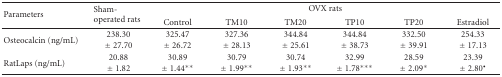
<table><thead><tr><td rowspan="2"><b>Parameters</b></td><td rowspan="2"><b>Sham-operated rats</b></td><td colspan="6"><b>OVX rats</b></td></tr><tr><td><b>Control</b></td><td><b>TM10</b></td><td><b>TM20</b></td><td><b>TP10 </b></td><td><b>TP20</b></td><td><b>Estradiol</b></td></tr></thead><tbody><tr><td>Osteocalcin (ng/mL)</td><td>238.30 ± 27.70</td><td>325.47 ± 26.72</td><td>327.36 ± 28.13</td><td>344.84 ± 25.61</td><td>344.84 ± 38.73</td><td>332.50 ± 39.91</td><td>254.33 ± 17.13</td></tr><tr><td>RatLaps (ng/mL)</td><td>20.88 ± 1.82</td><td>30.89 ± 1.44**</td><td>30.79 ± 1.99**</td><td>30.74 ± 1.93**</td><td>32.99 ± 1.78***</td><td>28.59 ± 2.09*</td><td>23.39 ± 2.80<sup>●</sup></td></tr></tbody></table>